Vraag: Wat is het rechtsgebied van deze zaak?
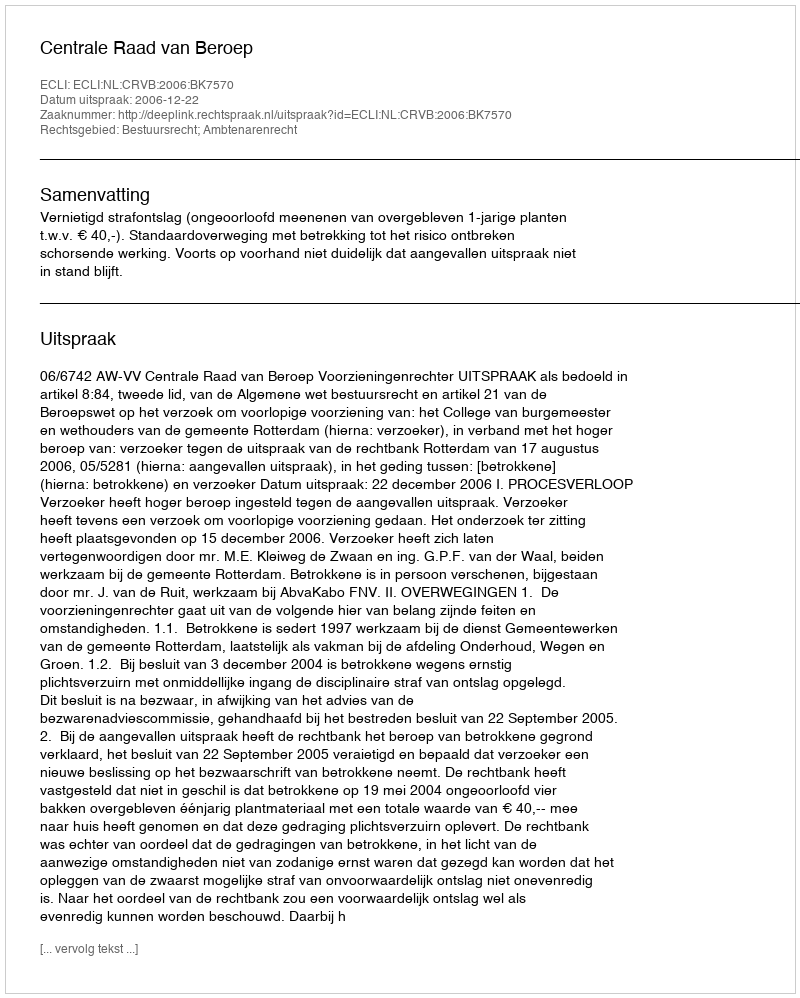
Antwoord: Bestuursrecht; Ambtenarenrecht